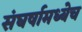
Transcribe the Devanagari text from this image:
संघर्षामध्येच